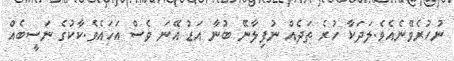
ނުހުރެވޭނެއެވެ.ލަދަކާ ހުރެ ތަދެއް ނުފިލާނޭ ބުނާ އަޑު އޭނަ ވެސް އަހައެވެ.ކާކުގެ ނަސީބެއް